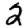
Digit: 2